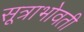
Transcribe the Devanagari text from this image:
सूत्राभोवती